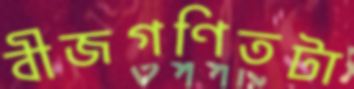
বীজগণিতটা